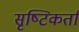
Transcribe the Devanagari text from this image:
सृष्‍टिकर्ता